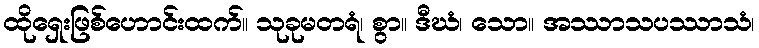
ထိုရှေးဖြစ်ဟောင်းထက်။ သုခုမတရံ၊ စွာ။ ဒီဃံ၊ သော။ အဿာသပဿာသံ၊